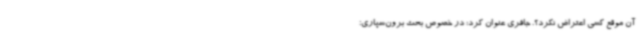
آن موقع کسی اعتراض نکرد؟. جافری عنوان کرد: در خصوص بحث برون‌سپاری؛